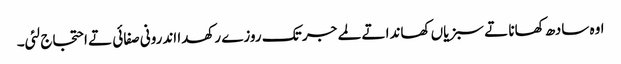
اوہ سادھ کھانا تے سبزیاں کھاندا تے لمے جر تک روزے رکھدا اندرونی صفائی تے احتجاج لئی۔